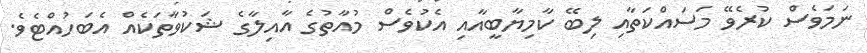
ނަމަވެސް ކުރެވޭ މަސައްކަތާއި ލިބޭ ކާމިޔާބީއާއި އެކުވެސް މުއާތުގެ އާއިލާގެ ޝަކުވާތަކެއް އެބަހުއްޓެވެ.